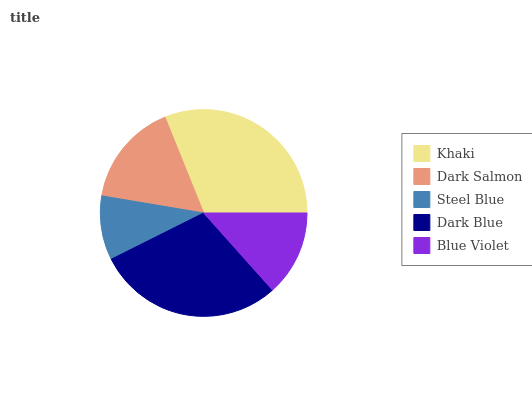
| Khaki | Dark Salmon | Steel Blue | Dark Blue | Blue Violet |
 | --- | --- | --- | --- | --- |
 | 31% | 16.2% | 10% | 29.3% | 13.4% |